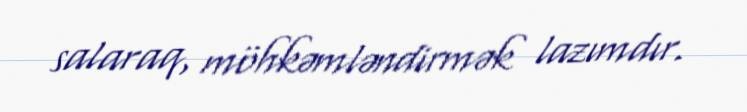
salaraq, möhkəmləndirmək lazımdır.